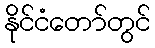
နိုင်ငံတော်တွင်